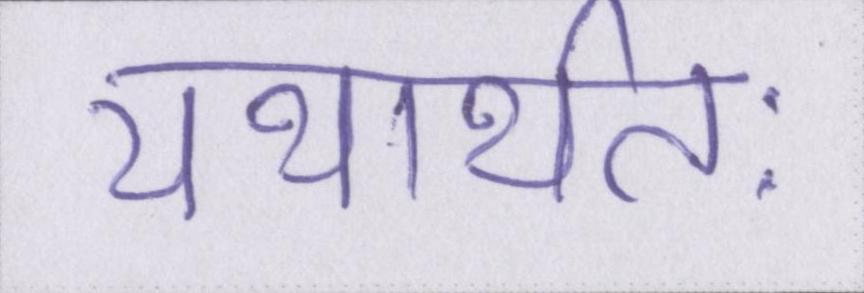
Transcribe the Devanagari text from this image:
यथार्थतः